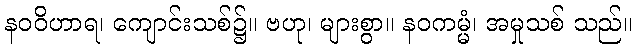
နဝဝိဟာရ၊ ကျောင်းသစ်၌။ ဗဟု၊ များစွာ။ နဝကမ္မံ၊ အမှုသစ် သည်။